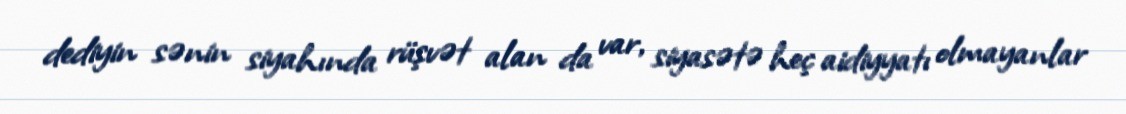
dediyin sənin siyahında rüşvət alan da var, siyasətə heç aidiyyatı olmayanlar